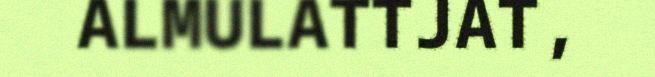
ALMULATTJAT,